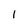
Character: I